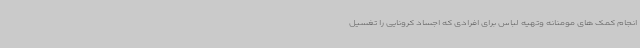
انجام کمک های مومنانه وتهیه لباس برای افرادی که اجساد کرونایی را تغسیل